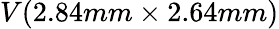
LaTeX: V(2.84mm\times 2.64mm)